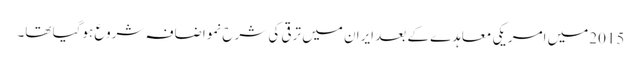
2015میں امریکی معاہدے کے بعد ایران میں ترقی کی شرح نمواضافہ شروع ہوگیا تھا۔